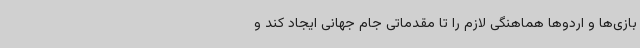
بازی‌ها و اردوها هماهنگی لازم را تا مقدماتی جام جهانی ایجاد کند و